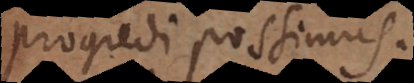
progredi possimus.